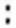
: